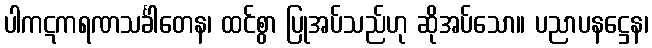
ပါကဋကရဏသင်္ခါတေန၊ ထင်စွာ ပြုအပ်သည်ဟု ဆိုအပ်သော။ ပညာပနဋ္ဌေန၊